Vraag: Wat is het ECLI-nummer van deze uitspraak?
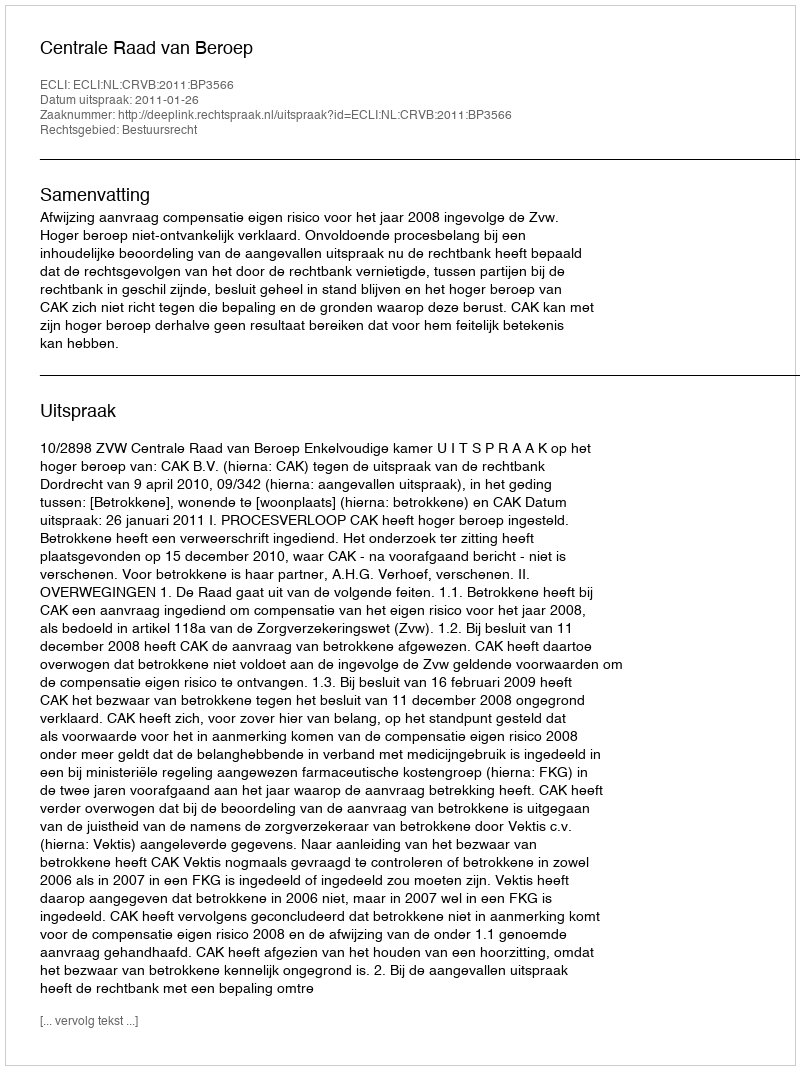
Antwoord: ECLI:NL:CRVB:2011:BP3566